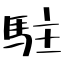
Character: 駐